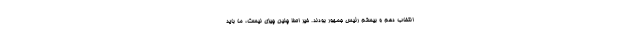
انتخاب دهم و بیستم رئیس جمهور بودند. خیر اصلا چنین چیزی نیست، ما باید